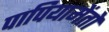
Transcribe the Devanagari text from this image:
पापियामेंतो